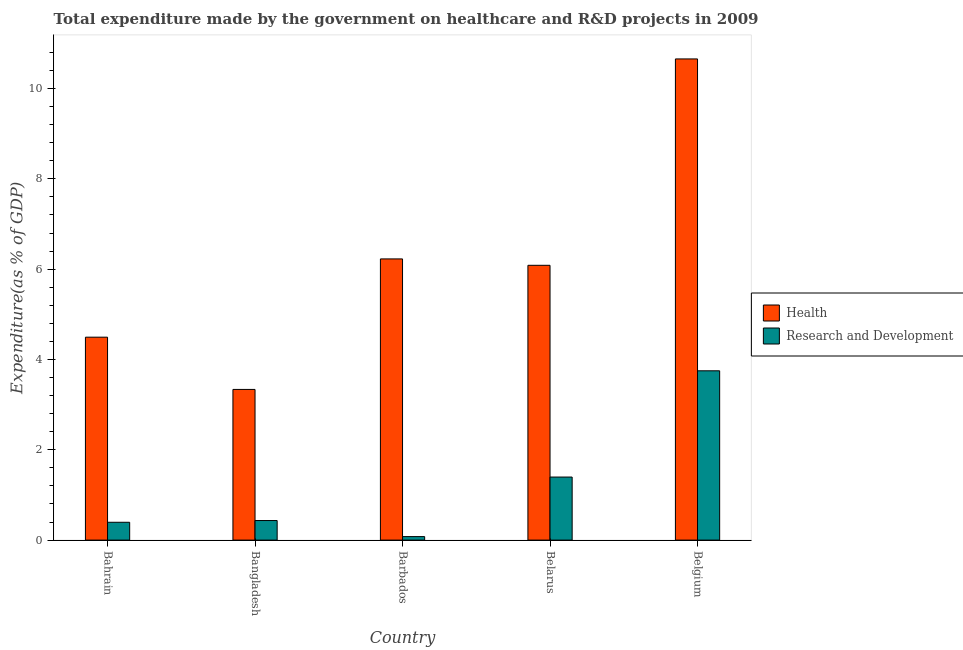
| Country | Health | Research and Development |
 | --- | --- | --- |
 | Bahrain | 4.49 | 0.395 |
 | Bangladesh | 3.34 | 0.433 |
 | Barbados | 6.23 | 0.0774 |
 | Belarus | 6.09 | 1.4 |
 | Belgium | 10.7 | 3.75 |